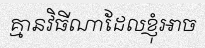
គ្មានវិធីណាដែលខ្ញុំអាច